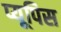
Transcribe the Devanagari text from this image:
प्यूपिस